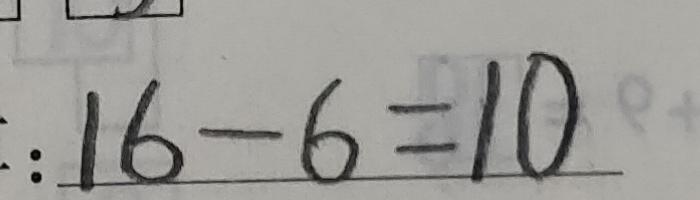
: 1 6 - 6 = 1 0